Leaving Certificate Examination (including Day School Certificate (Higher) General paper), 1934
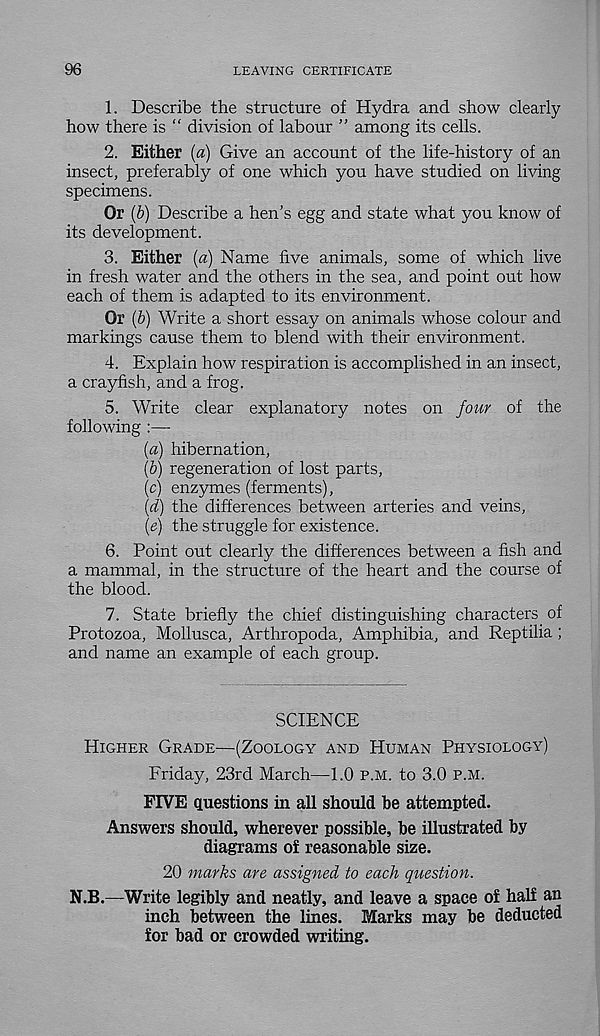
96
LEAVING CERTIFICATE
1. Describe the structure of Hydra and show clearly
how there is “ division of labour ” among its cells.
2. Either (a) Give an account of the life-history of an
insect, preferably of one which you have studied on living
specimens.
Or (&) Describe a hen’s egg and state what you know of
its development.
3. Either [a) Name five animals, some of which live
in fresh water and the others in the sea, and point out how
each of them is adapted to its environment.
Or (6) Write a short essay on animals whose colour and
markings cause them to blend with their environment.
4. Explain how respiration is accomplished in an insect,
a crayfish, and a frog.
5. Write clear explanatory notes on four of the
following :—-
{a) hibernation,
(&) regeneration of lost parts,
(c) enzymes (ferments),
(d) the differences between arteries and veins,
(e) the struggle for existence.
6. Point out clearly the differences between a fish and
a mammal, in the structure of the heart and the course of
the blood.
7. State briefly the chief distinguishing characters of
Protozoa, Mollusca, Arthropoda, Amphibia, and Reptilia;
and name an example of each group.
SCIENCE
Higher Grade—(Zoology and Human Physiology)
Friday, 23rd March—-1.0 p.m. to 3.0 p.m.
FIVE questions in all should be attempted.
Answers should, wherever possible, be illustrated by
diagrams of reasonable size.
20 marks are assigned to each question.
N.B.—Write legibly and neatly, and leave a space of half an
inch between the lines. Marks may be deducted
for bad or crowded writing.